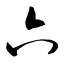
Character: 六